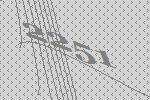
2251